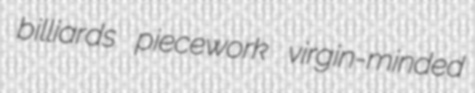
billiards piecework virgin-minded